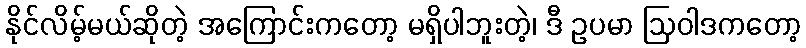
နိုင်လိမ့်မယ်ဆိုတဲ့ အကြောင်းကတော့ မရှိပါဘူးတဲ့၊ ဒီ ဥပမာ ဩဝါဒကတော့